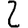
Digit: 2